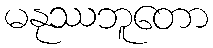
မနုဿဘူတော